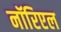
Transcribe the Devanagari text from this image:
नॉरिएल